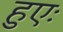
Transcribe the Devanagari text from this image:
हुएः